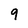
Character: 9